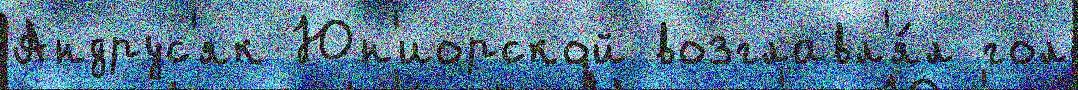
Андрус'як Юн'иорской возглавл'я́л гол